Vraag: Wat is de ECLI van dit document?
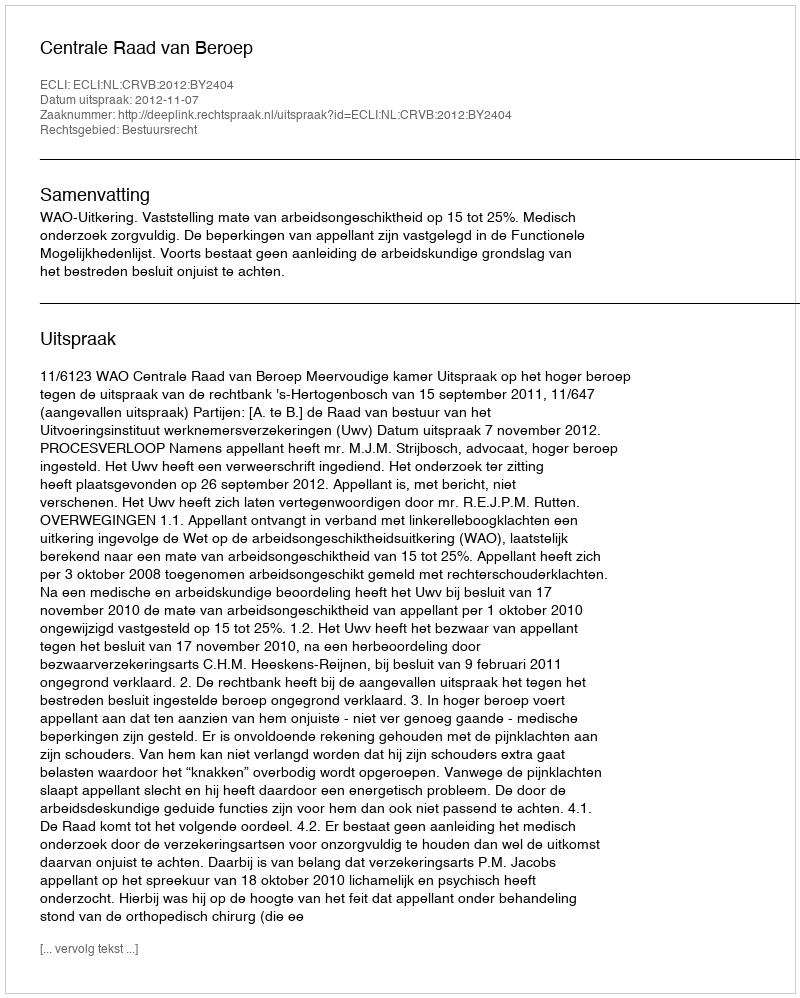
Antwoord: ECLI:NL:CRVB:2012:BY2404